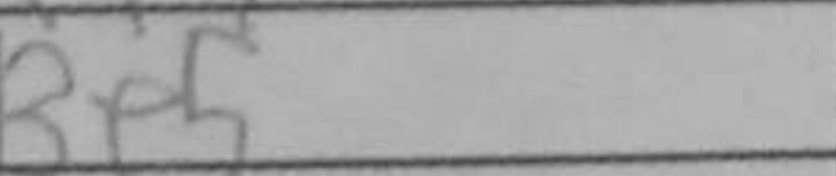
Transcription: Be5